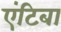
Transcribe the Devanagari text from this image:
एंटिबा